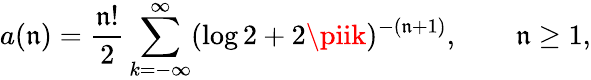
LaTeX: a(\mathfrak{n})={\frac{{\mathfrak{n}!}}{{2}}}\sum_{k=-\infty}^{\infty}(\log2+2\piik)^{-(\mathfrak{n}+1)},\qquad\mathfrak{n}\geq1,